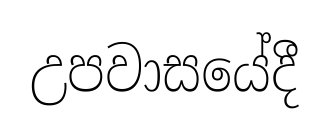
උපවාසයේදී